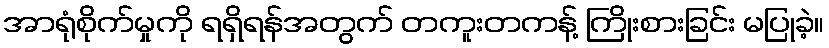
အာရုံစိုက်မှုကို ရရှိရန်အတွက် တကူးတကန့် ကြိုးစားခြင်း မပြုခဲ့။